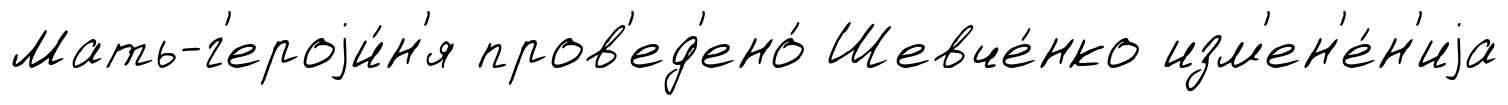
Мать-г'ероjи́н'я пров'ед'ено́ Шевче́нко изм'ен'е́н'иjа